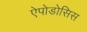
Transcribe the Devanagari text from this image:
ऐपोडोसिस